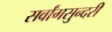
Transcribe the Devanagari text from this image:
सर्वांगसुन्दरी